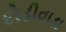
દોડીવાડા